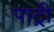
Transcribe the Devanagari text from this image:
पाट्री